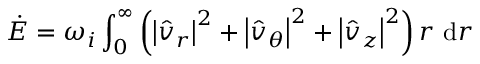
\dot { E } = \omega _ { i } \int _ { 0 } ^ { \infty } \left( \left| \hat { v } _ { r } \right| ^ { 2 } + \left| \hat { v } _ { \theta } \right| ^ { 2 } + \left| \hat { v } _ { z } \right| ^ { 2 } \right) r \mathrm { ~ d } r